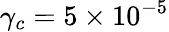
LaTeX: \gamma_{c}=5\times 10^{-5}